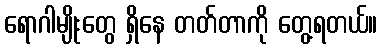
ရောဂါမျိုးတွေ ရှိနေ တတ်တာကို တွေ့ရတယ်။